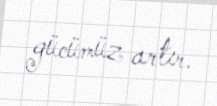
gücümüz artır.